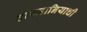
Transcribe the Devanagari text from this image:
टास्मानियाची